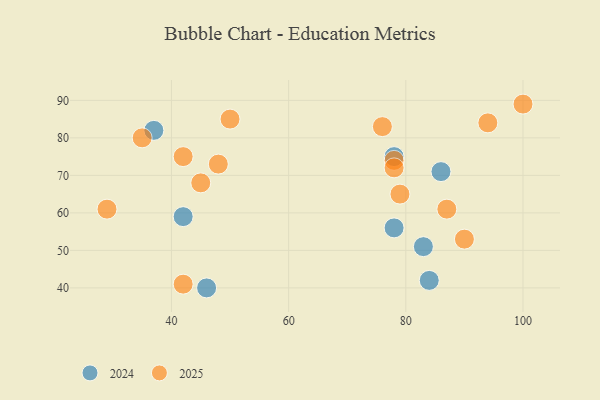
{"axis": {"x": "GDP", "y": "Life Expectancy"}, "legend": ["2024", "2025"], "data": [{"x": "45", "y": 68, "type": "2025"}, {"x": "79", "y": 65, "type": "2025"}, {"x": "35", "y": 80, "type": "2025"}, {"x": "100", "y": 89, "type": "2025"}, {"x": "94", "y": 84, "type": "2025"}, {"x": "78", "y": 74, "type": "2025"}, {"x": "48", "y": 73, "type": "2025"}, {"x": "29", "y": 61, "type": "2025"}, {"x": "76", "y": 83, "type": "2025"}, {"x": "87", "y": 61, "type": "2025"}, {"x": "50", "y": 85, "type": "2025"}, {"x": "42", "y": 75, "type": "2025"}, {"x": "90", "y": 53, "type": "2025"}, {"x": "42", "y": 41, "type": "2025"}, {"x": "78", "y": 72, "type": "2025"}, {"x": "42", "y": 59, "type": "2024"}, {"x": "37", "y": 82, "type": "2024"}, {"x": "46", "y": 40, "type": "2024"}, {"x": "83", "y": 51, "type": "2024"}, {"x": "78", "y": 75, "type": "2024"}, {"x": "86", "y": 71, "type": "2024"}, {"x": "78", "y": 56, "type": "2024"}, {"x": "84", "y": 42, "type": "2024"}]}